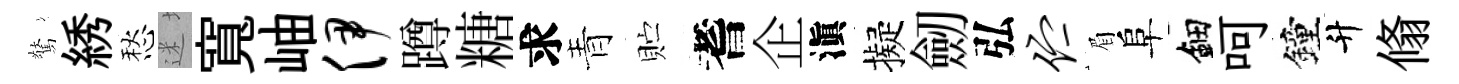
驚綉愁迷寬岫伊蹲糖求青贮耆企滇擬劒弘伫眉阜鈿呵鐘升翛